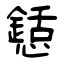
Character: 懖